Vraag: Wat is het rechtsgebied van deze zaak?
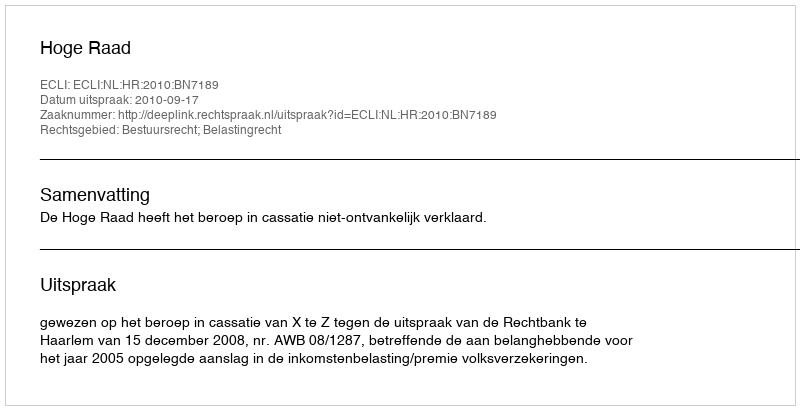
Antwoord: Bestuursrecht; Belastingrecht